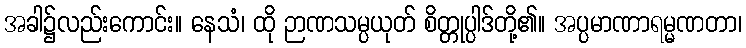
အခါ၌လည်းကောင်း။ နေသံ၊ ထို ဉာဏသမ္ပယုတ် စိတ္တုပ္ပါဒ်တို့၏။ အပ္ပမာဏာရမ္မဏတာ၊